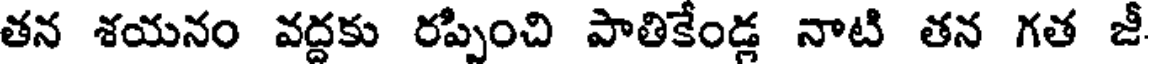
తన శయనం వద్దకు రప్పించి పాతికేండ్ల నాటి తన గత జీ